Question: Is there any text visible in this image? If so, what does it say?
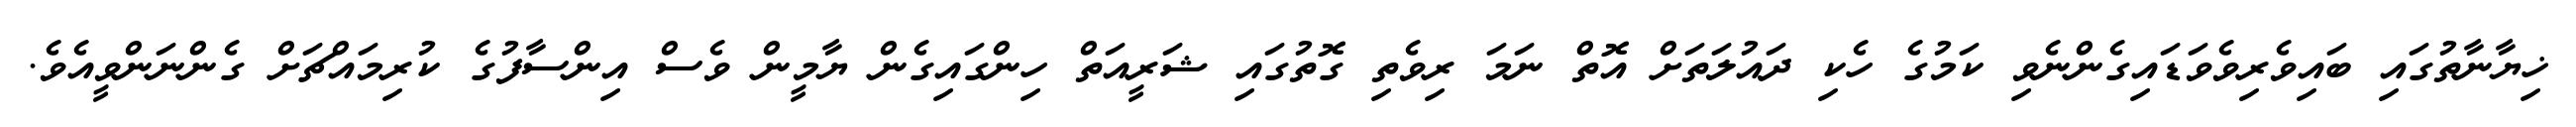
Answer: ޚިޔާނާތުގައި ބައިވެރިވެވަޑައިގެންނެވި ކަމުގެ ހެކި ދައުލަތަށް އޮތް ނަމަ ރިވެތި ގޮތުގައި ޝަރީއަތް ހިންގައިގެން ޔާމީން ވެސް އިންސާފުގެ ކުރިމައްޗަށް ގެންނަންވީއެވެ.